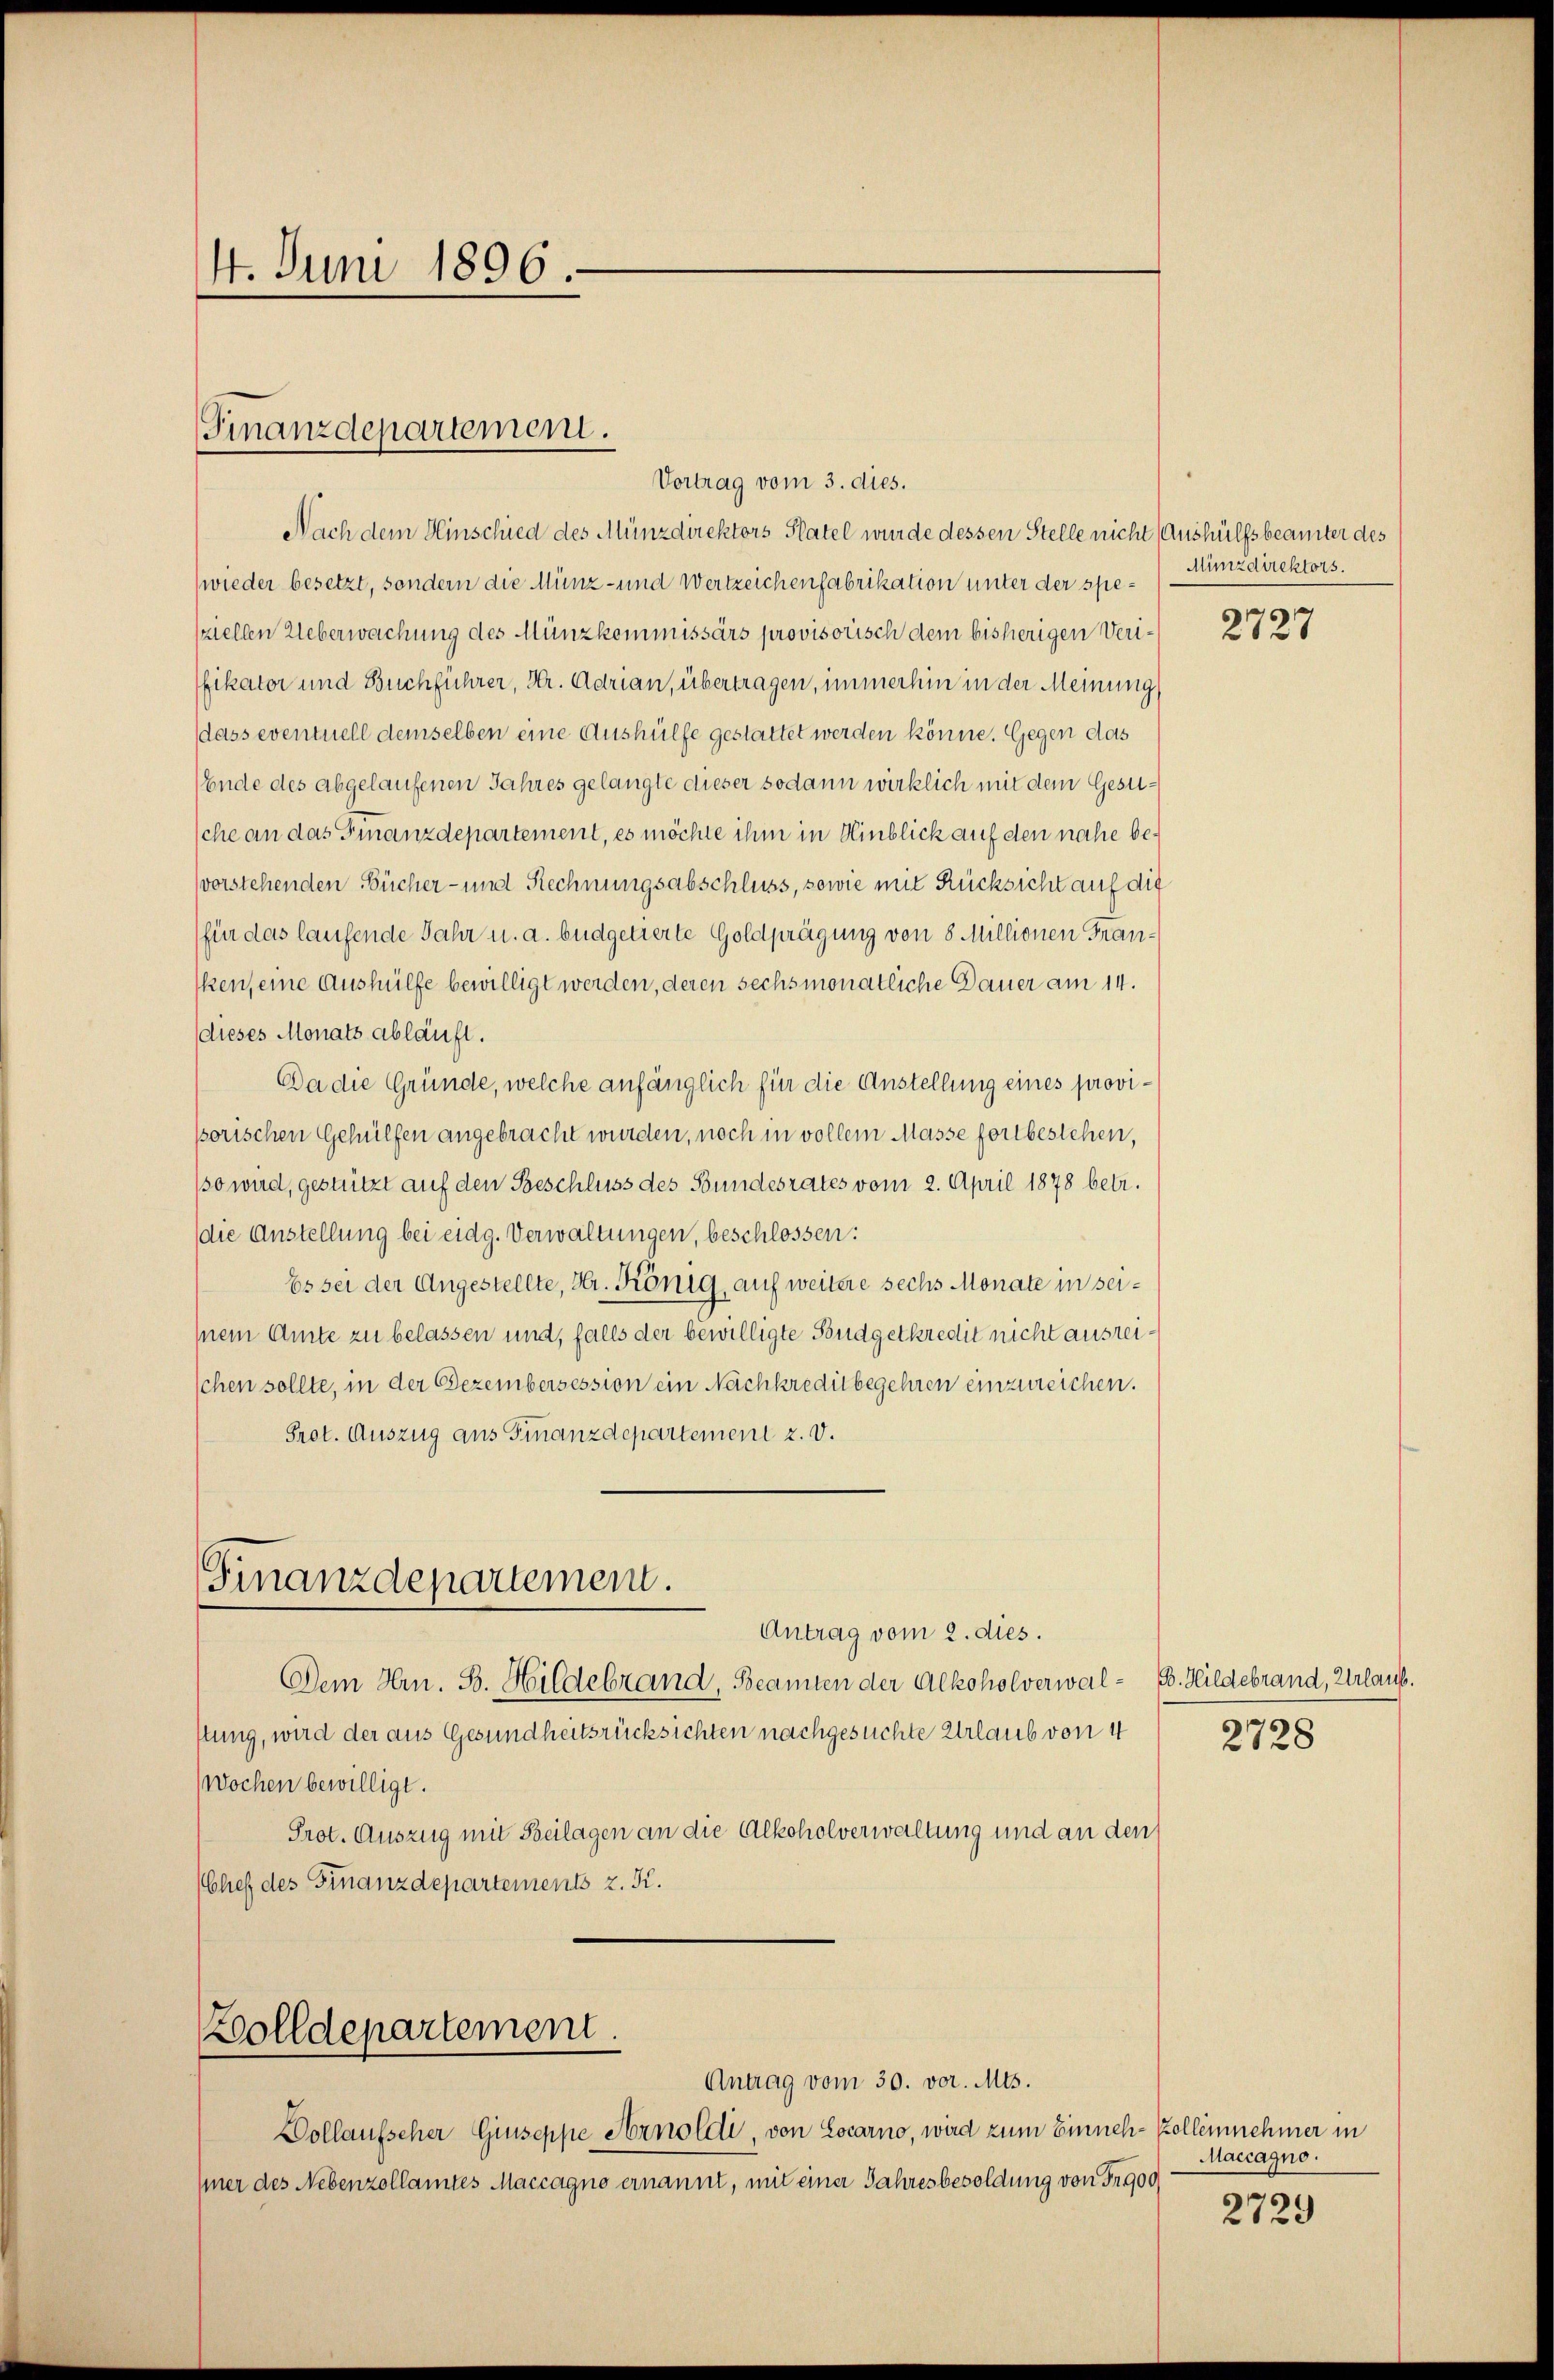
4. Juni 1896

Finanzdepartement.

Vortrag vom 3. dies.
Nach dem Hinschied des Münzdirektors Platel wurde dessen Stelle nicht (Aushülfsbeamter des
wieder besetzt, sondern die Münz- und Wertzeichenfabrikation unter der spesziellen Ueberwachung des Münzkommissärs provisorisch dem bisherigen Verifikator und Buchführer, Hr. Adrian, übertragen, immerhin in der Meinung
dass eventuell demselben eine Aushülfe gestattet werden könne. Gegen das
(Ende des abgelaufenen Jahres gelangte dieser sodann wirklich mit dem Gesusche an das Finanzdepartement, es möchte ihm in Hinblick auf den nahe bevorstehenden Bücher- und Rechnungsabschluss, sowie mit Rücksicht auf die
(für das laufende Jahr u. a. büdgetierte Goldprägung von 8 Millionen Frankens eine Aushülfe bewilligt werden, deren sechsmonatliche Dauer am 14.
dieses Monats abläuft.
Da die Gründe, welche anfänglich für die Anstellung eines provissorischen Gehülfen angebracht wurden, noch in vollem Masse fortbestehen,
(so wird, gestützt auf den Beschluss des Bundesrates vom 2. April 1878 betr.
(die Anstellung bei eidg. Verwaltungen, beschlossen:
Es sei der Angestellte, Hr. König, auf weitere sechs Monate in sei¬
Inein Amte zu belassen und, falls der bewilligte Budgetkredit nicht ausreischen sollte, in der Bezembersession ein Nachkreditbegehren einzureichen.
Prot. Auszug aus Finanzdepartement 2. d.

Finanzdepartemein.

Antrag vom 2. dies.
Dem Hr. B. Hildebrand, Beamten der Alkoholverwal- B. Hildebrand, Urlaub.
stung, wird der aus Gesundheitsrücksichten nachgesuchte Urlaub von 4
Wochen bewilligt.
Prot. Auszug mit Beilagen an die Alkoholverwaltung und an den
Chef des Finanzdepartements z. K.

Zolldepartement.

Antrag vom 30. vor. Mts.
Dollaufscher Giuseppe Arnoldi, von Locarno, wird zum Einneh-Zollennehmer in
mier des Nebenzollamtes Maccagno ernannt, mit einer Jahresbesoldung von Fr 900

Münzdirektors.

2727

2728

Maccagno.

2729